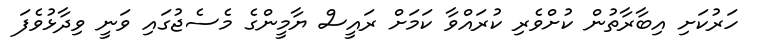
ހަރުކަށި އިބާރާތުން ކުށްވެރި ކުރައްވާ ކަމަށް ރައީސް ޔާމީންގެ މެސެޖުގައި ވަނީ ވިދާޅުވެފަ